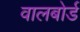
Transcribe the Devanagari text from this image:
वालबोर्ड